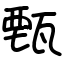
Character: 甄